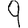
Digit: 9